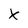
Character: X